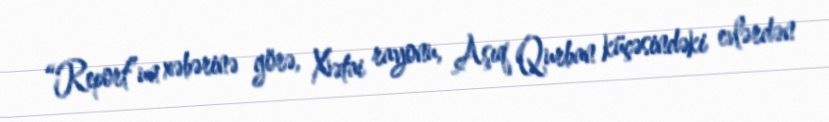
“Report”un xəbərinə görə, Xətai rayonu, Aşıq Qurban küçəsindəki evlərdən